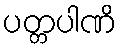
ပတ္တပါဏိ